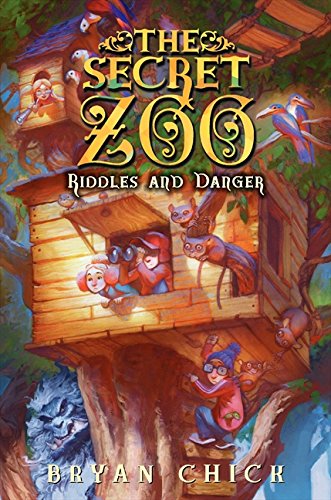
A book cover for The Secret Zoo: Riddles and Danger; Bryan Chick; Children's Books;